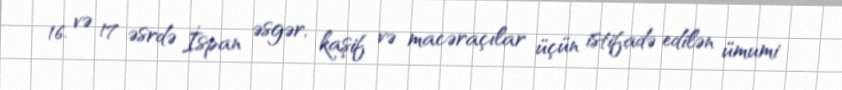
16. və 17 əsrdə İspan əsgər, kaşif və macəraçılar üçün istifadə edilən ümumi